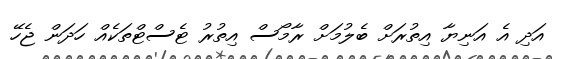
އަދި އެ އަނިޔާ އިތުރަށް ބެލުމަށް ރާމޯސް އިތުރު ޓެސްޓްތަކެއް ހަދަން ޖެހޭ